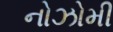
નોઝોમી